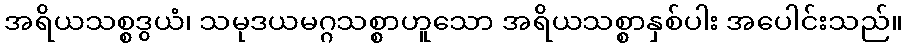
အရိယသစ္စဒွယံ၊ သမုဒယမဂ္ဂသစ္စာဟူသော အရိယသစ္စာနှစ်ပါး အပေါင်းသည်။